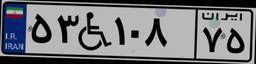
۳۴W۳۱۰۷۶